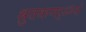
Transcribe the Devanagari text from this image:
श्रुतकणर्ॐसं